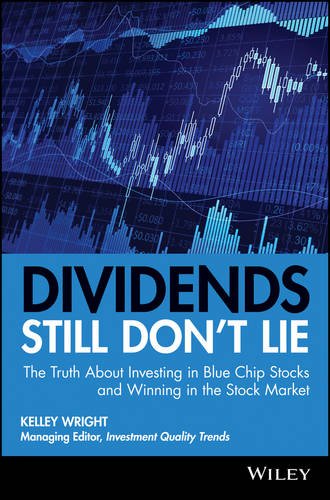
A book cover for Dividends Still Don't Lie: The Truth About Investing in Blue Chip Stocks and Winning in the Stock Market; Kelley Wright; Business & Money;